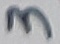
Text: 3